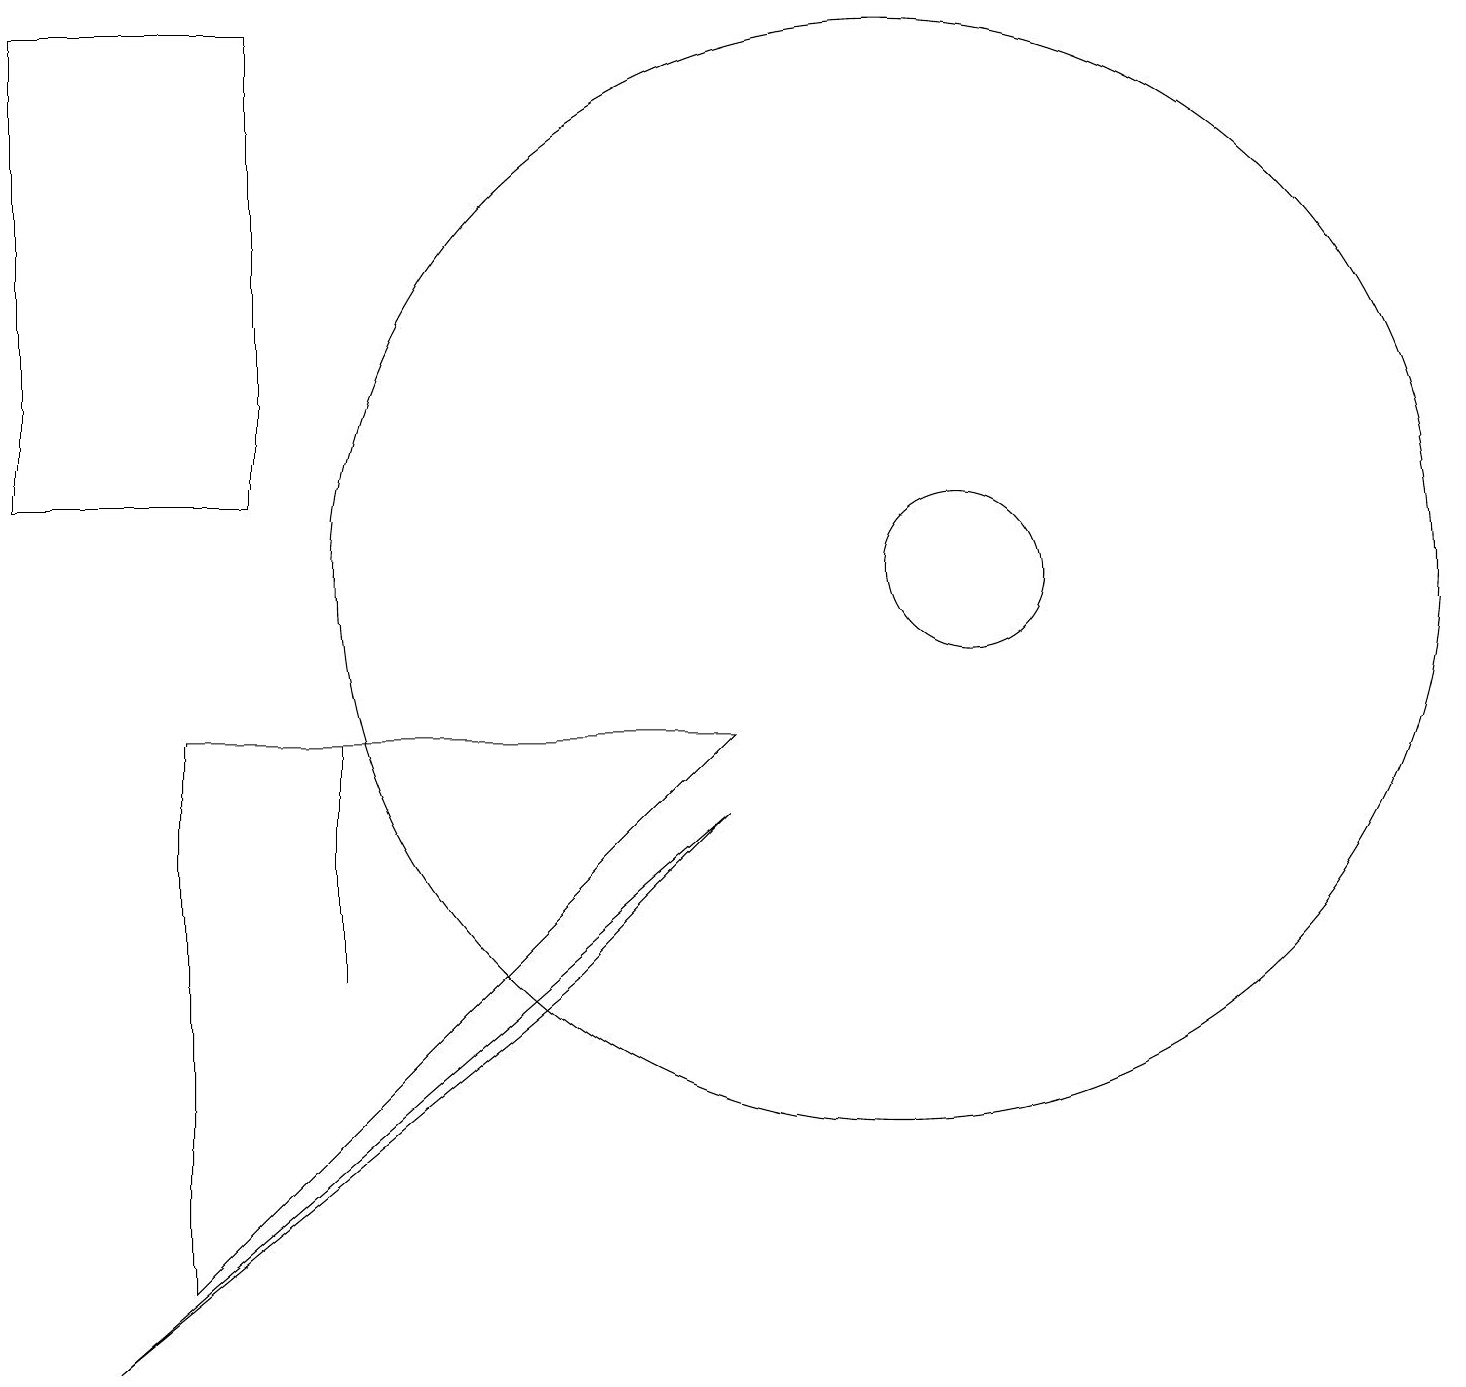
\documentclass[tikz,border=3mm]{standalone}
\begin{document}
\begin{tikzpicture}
\draw (7,17) rectangle (7,17);
\draw (1,1) -- (7,6) -- (9,8) -- cycle;
\draw (11,11) circle (7);
\draw (12,11) circle (1);
\draw (4,8) -- (4,6) -- (4,9) -- cycle;
\draw (3,12) rectangle (0,18);
\draw (2,2) -- (2,9) -- (9,9) -- cycle;
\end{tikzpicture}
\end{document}